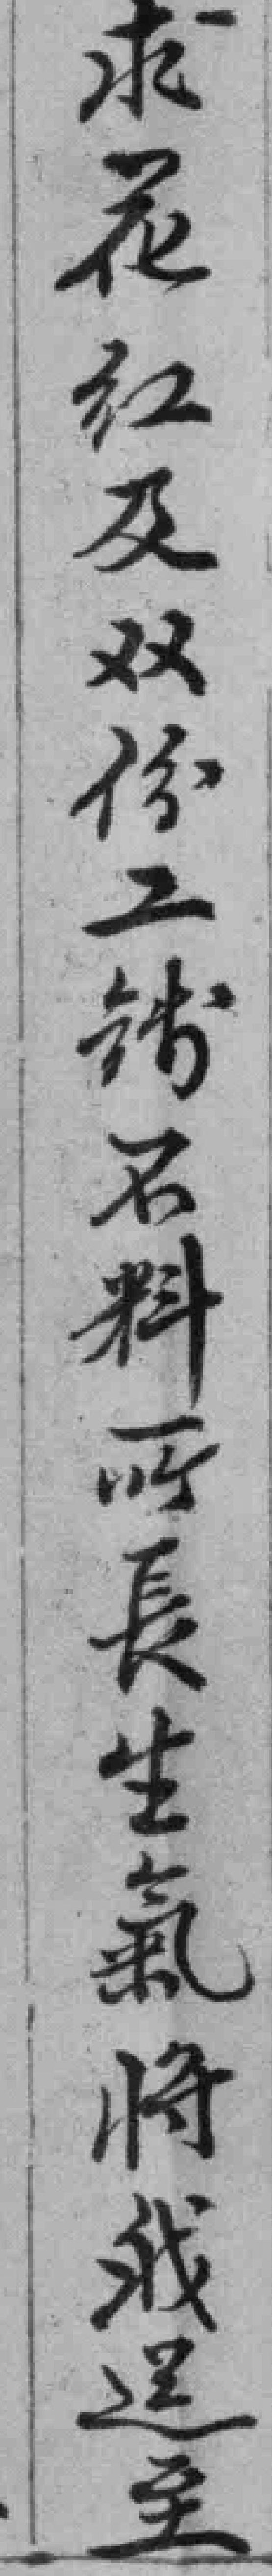
求花红及双份工钱不料所長生氣將我送至